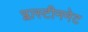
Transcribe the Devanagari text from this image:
प्लास्टीननेट